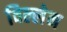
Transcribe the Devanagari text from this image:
विल्लेन